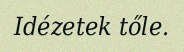
Idézetek tőle.